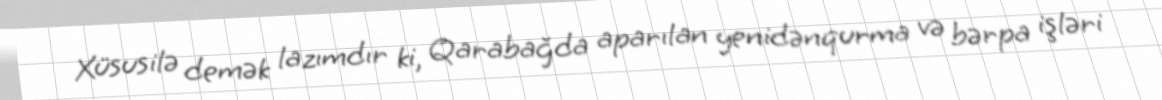
Xüsusilə demək lazımdır ki, Qarabağda aparılan yenidənqurma və bərpa işləri